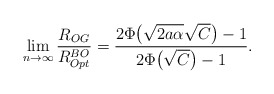
\begin{align*} \lim_{n\rightarrow\infty}\frac{R_{OG}}{R_{Opt}^{BO}}=\frac{2\Phi\big(\sqrt{2a\alpha}\sqrt{C}\big)-1}{2\Phi\big(\sqrt{C}\big)-1}. \end{align*}